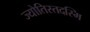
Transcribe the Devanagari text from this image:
ज्योतिस्तदस्मि